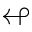
\looparrowleft